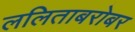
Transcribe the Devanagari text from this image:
ललिताबरोबर